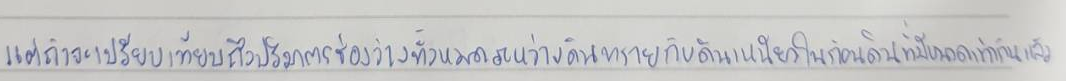
แต่ถ้าจะเปรียบเทียบถึงปริมาตรช่องว่างทั้งหมดระหว่างดินทรายกับดินเหนียวในก้อนดินที่มีขนาดเท่ากันแล้ว